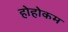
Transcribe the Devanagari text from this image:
होहोकम